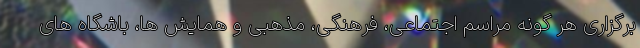
برگزاری هر گونه مراسم اجتماعی، فرهنگی، مذهبی و همایش ها، باشگاه های